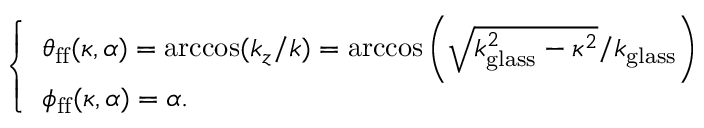
\left\{ \begin{array} { l l } { \theta _ { \mathrm { f f } } ( \kappa , \alpha ) = \operatorname { a r c c o s } ( k _ { z } / k ) = \operatorname { a r c c o s } \bigg ( \sqrt { k _ { \mathrm { g l a s s } } ^ { 2 } - \kappa ^ { 2 } } / k _ { \mathrm { g l a s s } } \bigg ) } \\ { \phi _ { \mathrm { f f } } ( \kappa , \alpha ) = \alpha . } \end{array} \right.